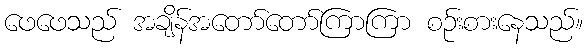
ဖေဖေသည် အချိန်အတော်တော်ကြာကြာ စဉ်းစားနေသည်။